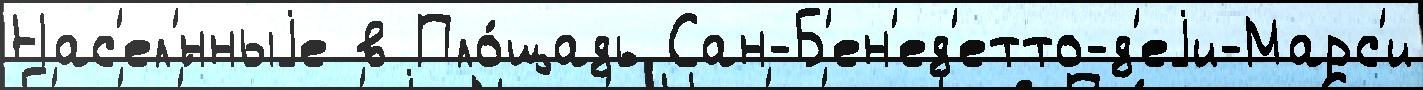
Нас'ел'́нныjе в Пло́щадь Сан-Б'ен'ед'етто-д'еjи-Марс'и